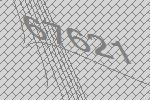
67621